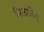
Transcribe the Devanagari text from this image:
मिलाब्रिस